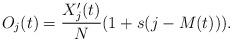
LaTeX: \begin{align*}O_j(t) = \frac{X_j'(t)}{N}(1 + s(j - M(t))).\end{align*}